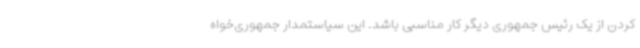
کردن از یک رئیس جمهوری دیگر کار مناسبی باشد. این سیاستمدار جمهوری‌خواه